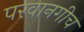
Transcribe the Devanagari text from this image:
परवानगीच